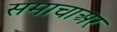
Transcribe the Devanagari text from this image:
समाचाअर